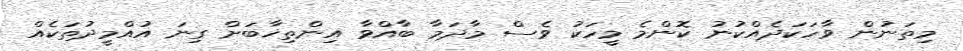
މިތަނުން ވާހަކަދެއްކުނު ކޮންމެ މީހަކު ވެސް މާދަމާ ބާއްވާ އިންތިޚާބަށް ގިނަ އުއްމީދުތަކެއް